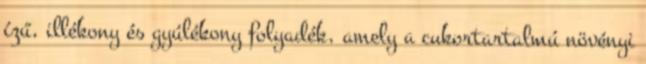
ízű, illékony és gyúlékony folyadék, amely a cukortartalmú növényi